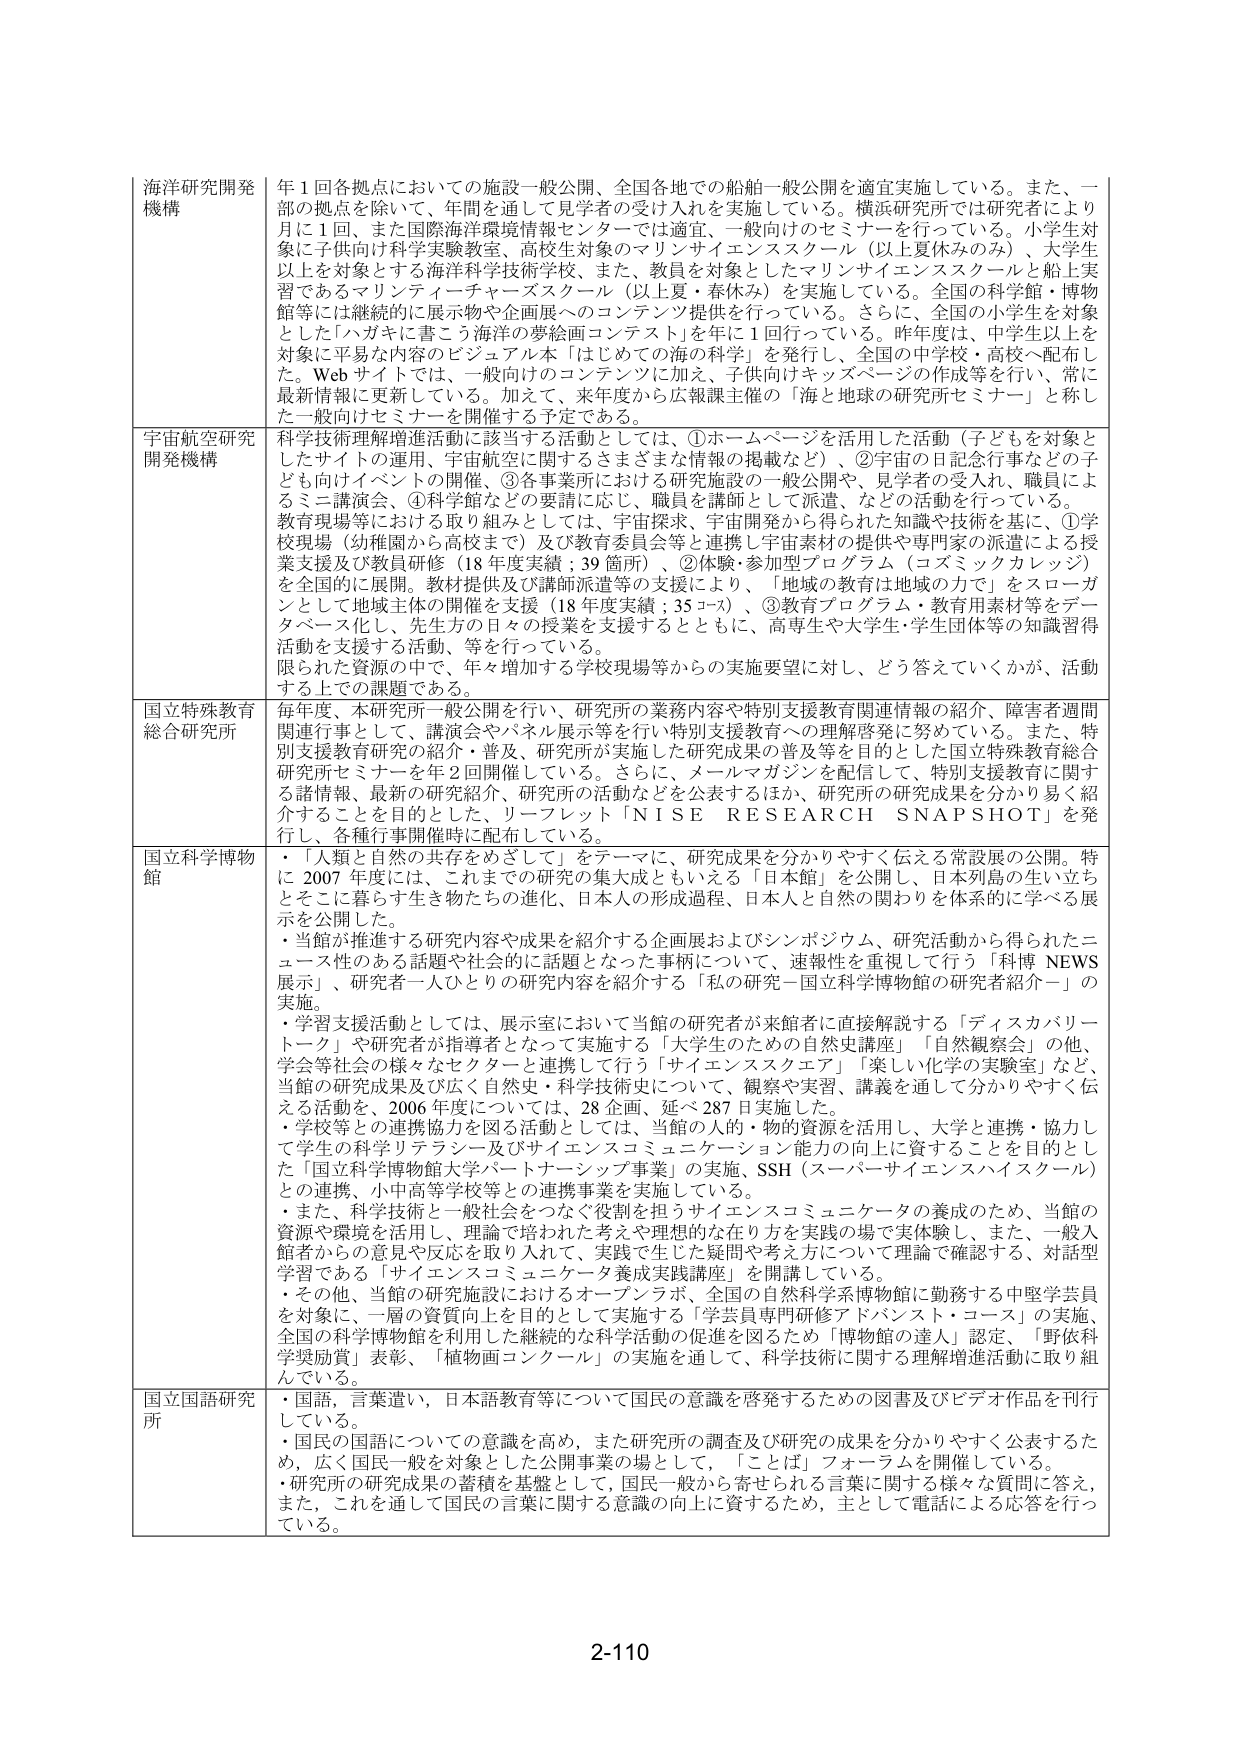
海洋研究開発機構
年1回各拠点においての施設一般公開、全国各地での船舶一般公開を適宜実施している。また、一部の拠点を除いて、年間を通じて見学者の受け入れを実施している。横浜研究所では研究者により月に1回、また国際海洋環境情報センターでは適宜、一般向けのセミナーを行っている。小学生対象に子供向け科学実験教室、高校生対象のマリンサイエンススクール（以上夏休みのみ）、大学生以上を対象とする海洋科学技術学校、また、教員を対象としたマリンサイエンススクールと船上実習であるマリンティーチャースクール（以上夏・春休み）を実施している。全国の科学館・博物館等には継続的に展示物や企画展へのコンテンツ提供を行っている。さらに、全国の小学生を対象とした「ハガキに書こう海洋の夢絵画コンテスト」を年に1回行っている。昨年度は、中学生以上を対象に平易な内容のビジュアル本「はじめての海の科学」を発行し、全国の中学校・高校へ配布した。Webサイトでは、一般向けのコンテンツに加え、子供向けキッズページの作成等を行い、常に最新情報に更新している。加えて、来年度から広報課主催の「海と地球の研究所セミナー」と称した一般向けセミナーを開催する予定である。

宇宙航空研究開発機構
科学技術理解増進活動に該当する活動としては、①ホームページを活用した活動（子どもを対象としたサイトの運用、宇宙航空に関するさまざまな情報の掲載など）、②宇宙の日記念行事などの子ども向けイベントの開催、③各事業所における研究施設の一般公開や、見学者の受入れ、職員によるミニ講演会、④科学館などの要請に応じ、職員を講師として派遣、などの活動を行っている。教育現場等における取り組みとしては、宇宙探査、宇宙開発から得られた知識や技術を基に、①学校現場（幼稚園から高校まで）及び教育委員会等と連携し宇宙素材の提供や専門家の派遣による授業支援及び教員研修（18年度実績：39箇所）、②体験・参加型プログラム（コズミックカレッジ）を全国的に展開。教材提供及び講師派遣等の支援により、「地域の教育は地域の力で」をスローガンとして地域主体の開催を支援（18年度実績：35コス）、③教育プログラム・教育用素材等をデータベース化し、先生方の日々の授業を支援するとともに、高専生や大学生・学生団体等の知識習得活動を支援する活動、等を行っている。限られた資源の中で、年々増加する学校現場等からの実施要望に対し、どう答えていくかが、活動する上での課題である。

国立特殊教育総合研究所
毎年度、本研究所一般公開を行い、研究所の業務内容や特別支援教育関連情報の紹介、障害者週間関連行事として、講演会やパネル展示等を行い特別支援教育への理解啓発に努めている。また、特別支援教育研究の紹介・普及、研究所が実施した研究成果の普及等を目的とした国立特殊教育総合研究所セミナーを年2回開催している。さらに、メールマガジンを配信して、特別支援教育に関する諸情報、最新の研究紹介、研究所の活動などを公表するほか、研究所の研究成果を分かり易く紹介することを目的とした、リーフレット「NISE RESEARCH SNAPSHOT」を発行し、各種行事開催時に配布している。

国立科学博物館
・「人類と自然の共存をめざして」をテーマに、研究成果を分かりやすく伝える常設展の公開。特に2007年度には、これまでの研究の集大成ともいえる「日本館」を公開し、日本列島の生い立ちとそこに暮らす生き物たちの進化、日本人の形成過程、日本人と自然の関わりを体系的に学べる展示を公開した。
・当館が推進する研究内容や成果を紹介する企画展およびシンポジウム、研究活動から得られたニュース性のある話題や社会的に話題となった事柄について、速報性を重視して行う「科博 NEWS 展示」、研究者一人ひとりの研究内容を紹介する「私の研究－国立科学博物館の研究者紹介－」の実施。
・学習支援活動としては、展示室において当館の研究者が来館者に直接解説する「ディスカバリートーク」や研究者が指導者となって実施する「大学生のための自然史講座」「自然観察会」の他、学会等社会の様々なセクターと連携して行う「サイエンススクエア」「楽しい化学の実験室」など、当館の研究成果及び広く自然史・科学技術史については、観察や実習、講義を通して分かりやすく伝える活動を、2006年度については、28企画、延べ287日実施した。
・学校等との連携協力を図る活動としては、当館の人的・物的資源を活用し、大学と連携・協力して学生の科学リテラシー及びサイエンスコミュニケーション能力の向上に資することを目的とした「国立科学博物館大学パートナーシップ事業」の実施、SSH（スーパーサイエンスハイスクール）との連携、小中高等学校等との連携事業を実施している。
・また、科学技術と一般社会をつなぐ役割を担うサイエンスコミュニケータの養成のため、当館の資源や環境を活用し、理論で培われた考えや理想的な在り方を実践的場で実体験し、また、一般入館者からの意見や反応を取り入れて、実践で生じた疑問や考え方について理論で確認する、対話型学習である「サイエンスコミュニケータ養成実践講座」を開講している。
・その他、当館の研究施設におけるオープンラボ、全国の自然科学系博物館に勤務する中堅学芸員を対象に、一層の資質向上を目的として実施する「学芸員専門研修アドバンスト・コース」の実施、全国の科学博物館を利用した継続的な科学活動の促進を図るため「博物館の達人」認定、「野依科学奨励賞」表彰、「植物画コンクール」の実施を通して、科学技術に関する理解増進活動に取り組んでいる。

国立国語研究所
・国語、言葉遣い、日本語教育等について国民の意識を啓発するための図書及びビデオ作品を刊行している。
・国民の国語についての意識を高め、また研究所の調査及び研究の成果を分かりやすく公表するため、広く国民一般を対象とした公開事業の場として、「ことば」フォーラムを開催している。
・研究所の研究成果の蓄積を基盤として、国民一般から寄せられる言葉に関する様々な質問に答え、また、これを通して国民の言葉に関する意識の向上に資するため、主として電話による応答を行っている。

2-110